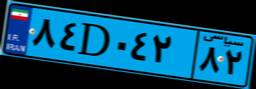
۳۲D۰۱۶۱۴